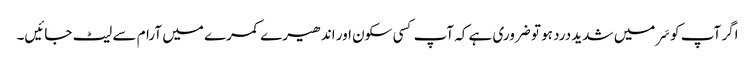
اگر آپ کو سَر میں شدید درد ہو تو ضروری ہے کہ آپ کسی سکون اور اندھیرے کمرے میں آرام سے لیٹ جائیں۔